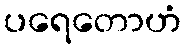
ပရေတောဟံ